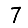
Digit: 7